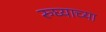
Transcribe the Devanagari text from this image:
रुघ्याच्या